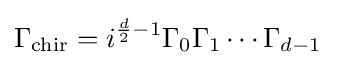
\Gamma _{\text{chir}}=i^{{\frac {d}{2}}-1}\Gamma _{0}\Gamma _{1}\dotsm \Gamma _{d-1}~